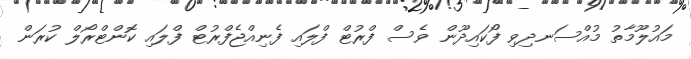
މައުލޫމާތު މުއްސަނދިވި ފޯކައިދޫން ވެސް ފްރުޓް ފްލައި ފެނިއްޖެފްރުޓް ފްލައި ކޮންޓްރޯލް ކުރަން